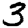
Digit: 3